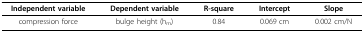
<table><thead><tr><td><b>Independent variable</b></td><td><b>Dependent variable</b></td><td><b>R-square</b></td><td><b>Intercept</b></td><td><b>Slope</b></td></tr></thead><tbody><tr><td>compression force</td><td>bulge height (h<sub>m</sub>)</td><td>0.84</td><td>0.069 cm</td><td>0.002 cm/N</td></tr></tbody></table>